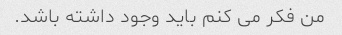
من فکر می کنم باید وجود داشته باشد.